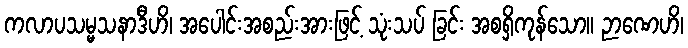
ကလာပသမ္မသနာဒီဟိ၊ အပေါင်းအစည်းအားဖြင့် သုံးသပ် ခြင်း အစရှိကုန်သော။ ဉာဏေဟိ၊